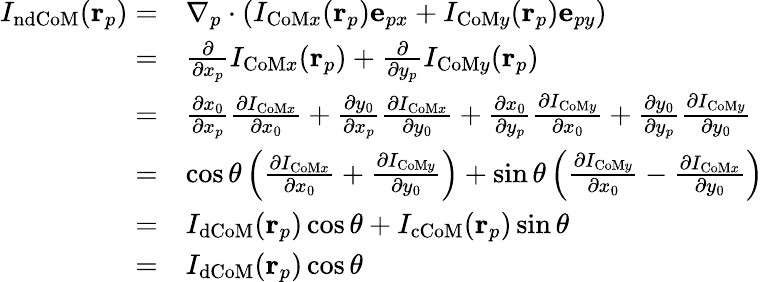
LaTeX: \begin{array}{rl}{I_{\mathrm{ndCoM}}(\mathbf{r}_{p})=}&{\nabla_{p}\cdot\left(I_{\mathrm{CoM}x}(\mathbf{r}_{p})\mathbf{e}_{px}+I_{\mathrm{CoM}y}(\mathbf{r}_{p})\mathbf{e}_{py}\right)}\\ {=}&{\frac{\partial}{\partial x_{p}}I_{\mathrm{CoM}x}(\mathbf{r}_{p})+\frac{\partial}{\partial y_{p}}I_{\mathrm{CoM}y}(\mathbf{r}_{p})}\\ {=}&{\frac{\partial x_{0}}{\partial x_{p}}\frac{\partial I_{\mathrm{CoM}x}}{\partial x_{0}}+\frac{\partial y_{0}}{\partial x_{p}}\frac{\partial I_{\mathrm{CoM}x}}{\partial y_{0}}+\frac{\partial x_{0}}{\partial y_{p}}\frac{\partial I_{\mathrm{CoM}y}}{\partial x_{0}}+\frac{\partial y_{0}}{\partial y_{p}}\frac{\partial I_{\mathrm{CoM}y}}{\partial y_{0}}}\\ {=}&{\cos\theta\left(\frac{\partial I_{\mathrm{CoM}x}}{\partial x_{0}}+\frac{\partial I_{\mathrm{CoM}y}}{\partial y_{0}}\right)+\sin\theta\left(\frac{\partial I_{\mathrm{CoM}y}}{\partial x_{0}}-\frac{\partial I_{\mathrm{CoM}x}}{\partial y_{0}}\right)}\\ {=}&{I_{\mathrm{dCoM}}(\mathbf{r}_{p})\cos\theta+I_{\mathrm{cCoM}}(\mathbf{r}_{p})\sin\theta}\\ {=}&{I_{\mathrm{dCoM}}(\mathbf{r}_{p})\cos\theta}\end{array}